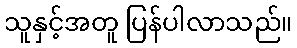
သူနှင့်အတူ ပြန်ပါလာသည်။